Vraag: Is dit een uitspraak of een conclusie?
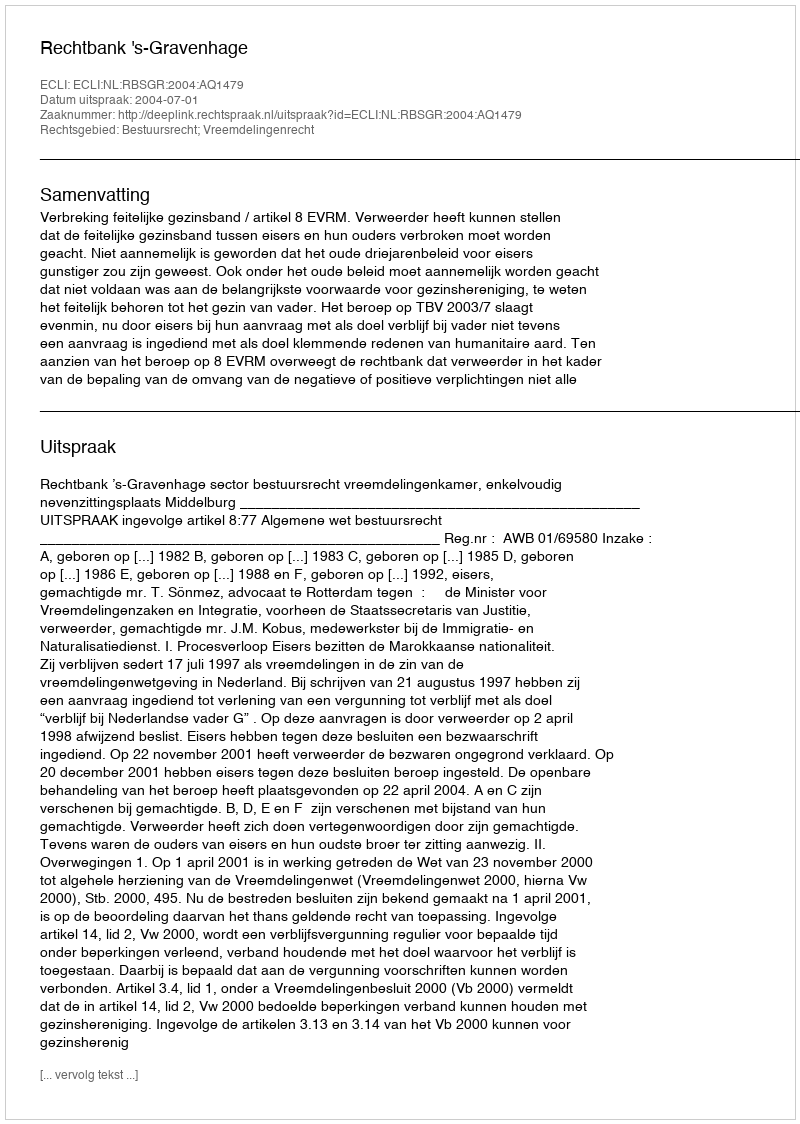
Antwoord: Uitspraak